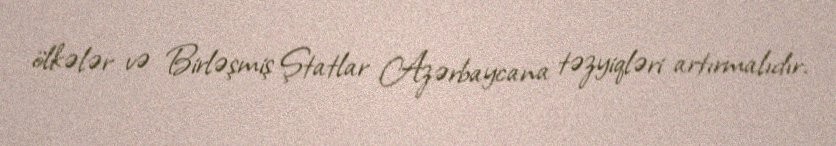
ölkələr və Birləşmiş Ştatlar Azərbaycana təzyiqləri artırmalıdır.